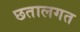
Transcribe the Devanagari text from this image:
छतालगत